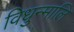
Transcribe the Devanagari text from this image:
विधुन्मालि